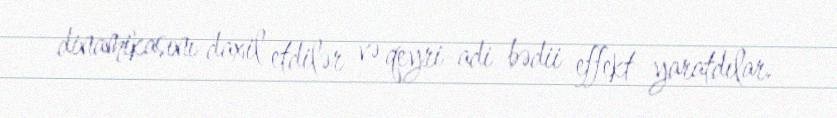
dinamikasını daxil etdilər və qeyri-adi bədii effekt yaratdılar.